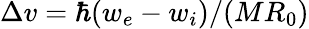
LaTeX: \Delta v=\hbar(w_{e}-w_{i})/(MR_{0})